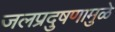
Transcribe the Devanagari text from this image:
जलप्रदुषणामुळे